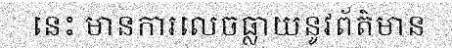
នេះ មានការលេចធ្លាយនូវព័ត៌មាន